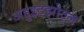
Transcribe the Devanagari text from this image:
अहुइट्झोट्ल